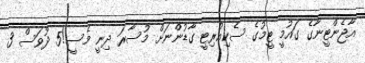
އާޖެންޓީނާގެ ގައުމީ ޓީމުގެ ސެކިއުރިޓީ ގާޑުންނަށް މުސާރަ ދިނީ މެސީ!5 ދުވަސް 3